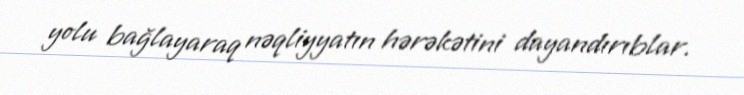
yolu bağlayaraq nəqliyyatın hərəkətini dayandırıblar.